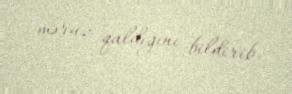
məruz qaldığını bildirib.